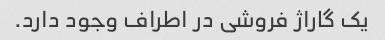
یک گاراژ فروشی در اطراف وجود دارد.